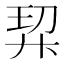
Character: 𭚗